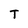
Character: T